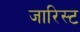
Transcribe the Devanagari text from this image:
जारिस्ट